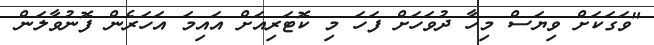
"ވަގަކަށް ވިޔަސް މިހާ ދުވަހަށް ފަހަ މި ކޮޓަރިއަށް އައިމަ އަހަރެން ފޮނުވާލަން